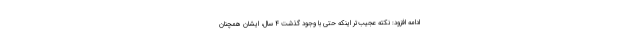
ادامه افزود: نکته عجیب‌تر اینکه حتی با وجود گذشت ۴ سال، ایشان همچنان